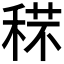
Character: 𥟼